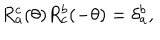
LaTeX: R _ { a } ^ { c } ( \theta ) R _ { c } ^ { b } ( - \theta ) = \delta _ { a } ^ { b } ,